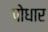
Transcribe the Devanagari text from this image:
पोधार